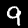
Digit: 9